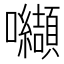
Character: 𭍋